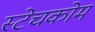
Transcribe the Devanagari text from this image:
स्टेचकोम